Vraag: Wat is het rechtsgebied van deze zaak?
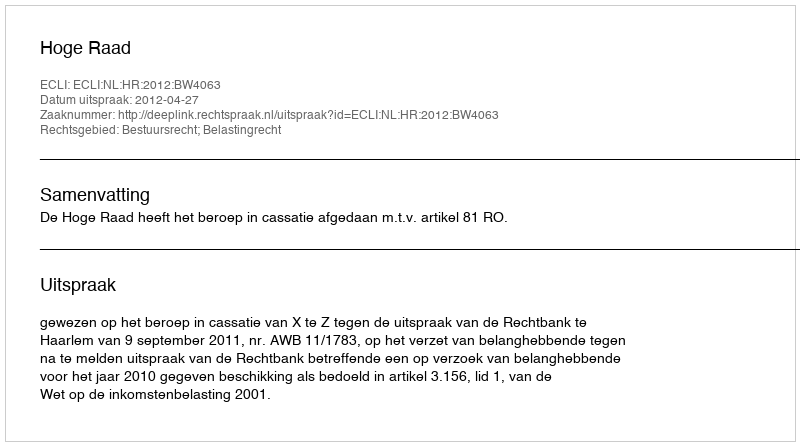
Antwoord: Bestuursrecht; Belastingrecht